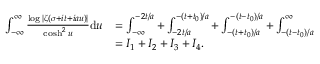
\begin{array} { r l } { \int _ { - \infty } ^ { \infty } \frac { \log | \zeta ( \sigma + i t + i a u ) | } { \cosh ^ { 2 } u } \mathrm { d } u } & { = \int _ { - \infty } ^ { - 2 t / a } + \int _ { - 2 t / a } ^ { - ( t + t _ { 0 } ) / a } + \int _ { - ( t + t _ { 0 } ) / a } ^ { - ( t - t _ { 0 } ) / a } + \int _ { - ( t - t _ { 0 } ) / a } ^ { \infty } } \\ & { = I _ { 1 } + I _ { 2 } + I _ { 3 } + I _ { 4 } . } \end{array}